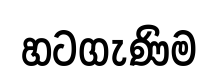
හටගැණිම